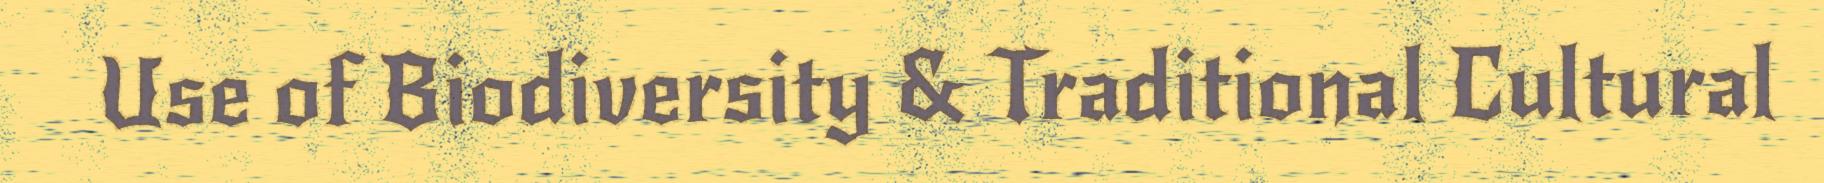
Use of Biodiversity & Traditional Cultural